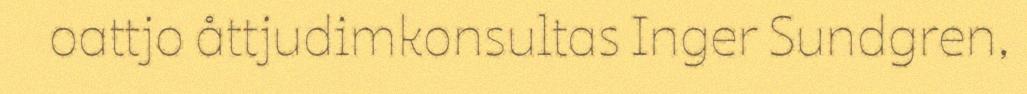
oattjo åttjudimkonsultas Inger Sundgren,